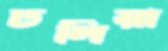
ঢলিয়া